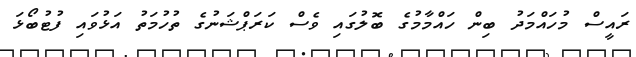
ރައީސް މުހައްމަދު ބިން ހައްމާމުގެ ބޮލުގައި ވެސް ކަރަޕްޝަނުގެ ތުހުމަތު އަޅުވައި ފުޓުބޯޅަ